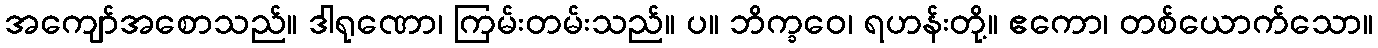
အကျော်အစောသည်။ ဒါရုဏော၊ ကြမ်းတမ်းသည်။ ပ။ ဘိက္ခဝေ၊ ရဟန်းတို့။ ဧကော၊ တစ်ယောက်သော။